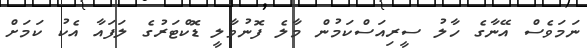
ނަމަވެސް އޭނާގެ ހާލު ސީރިއަސްކަމުން މާލެ ފޮނުވާލީ ޑޮކްޓަރުގެ ލަފައާ އެކު ކަމަށް